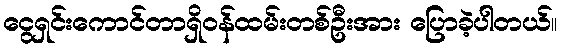
ငွေရှင်းကောင်တာရှိဝန်ထမ်းတစ်ဦးအား ပြောခဲ့ပါတယ်။